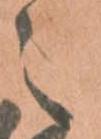
之